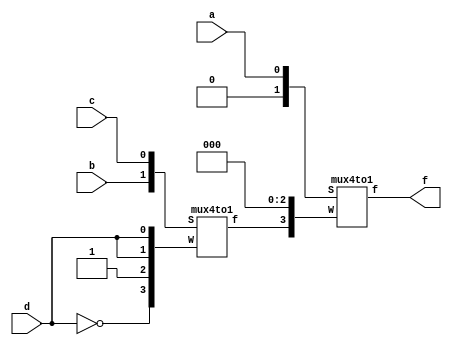
module exercise1b(a, b, c, d, f);
input a, b, c, d;
output f;

wire x;

mux4to1 m1({~d, 1'b1, d, d}, {b, c}, x);
mux4to1 m2({x, 1'b0, 1'b0, 1'b0}, {1'b0, a}, f);

endmodule


module mux4to1(W, S, f);
input [0:3]W;
input [1:0]S;
output f;
reg f;

always@(W or S)
        f = W[S];
        
endmodule